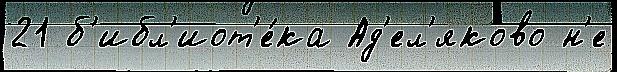
21 б'ибл'иот'е́ка Ад'ел'яково н'е